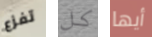
تفزع كل أيها